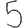
Digit: 5